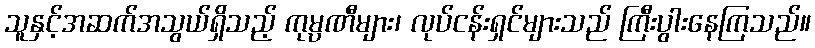
သူနှင့်အဆက်အသွယ်ရှိသည့် ကုမ္ပဏီများ၊ လုပ်ငန်းရှင်များသည် ကြီးပွါးနေကြသည်။